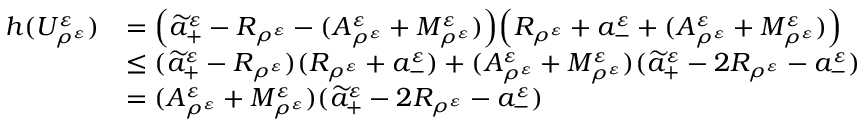
\begin{array} { r l } { h ( U _ { \rho ^ { \varepsilon } } ^ { \varepsilon } ) } & { = \Big ( \widetilde a _ { + } ^ { \varepsilon } - R _ { \rho ^ { \varepsilon } } - ( A _ { \rho ^ { \varepsilon } } ^ { \varepsilon } + M _ { \rho ^ { \varepsilon } } ^ { \varepsilon } ) \Big ) \Big ( R _ { \rho ^ { \varepsilon } } + a _ { - } ^ { \varepsilon } + ( A _ { \rho ^ { \varepsilon } } ^ { \varepsilon } + M _ { \rho ^ { \varepsilon } } ^ { \varepsilon } ) \Big ) } \\ & { \leq ( \widetilde a _ { + } ^ { \varepsilon } - R _ { \rho ^ { \varepsilon } } ) ( R _ { \rho ^ { \varepsilon } } + a _ { - } ^ { \varepsilon } ) + ( A _ { \rho ^ { \varepsilon } } ^ { \varepsilon } + M _ { \rho ^ { \varepsilon } } ^ { \varepsilon } ) ( \widetilde a _ { + } ^ { \varepsilon } - 2 R _ { \rho ^ { \varepsilon } } - a _ { - } ^ { \varepsilon } ) } \\ & { = ( A _ { \rho ^ { \varepsilon } } ^ { \varepsilon } + M _ { \rho ^ { \varepsilon } } ^ { \varepsilon } ) ( \widetilde a _ { + } ^ { \varepsilon } - 2 R _ { \rho ^ { \varepsilon } } - a _ { - } ^ { \varepsilon } ) } \end{array}